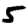
Digit: 5